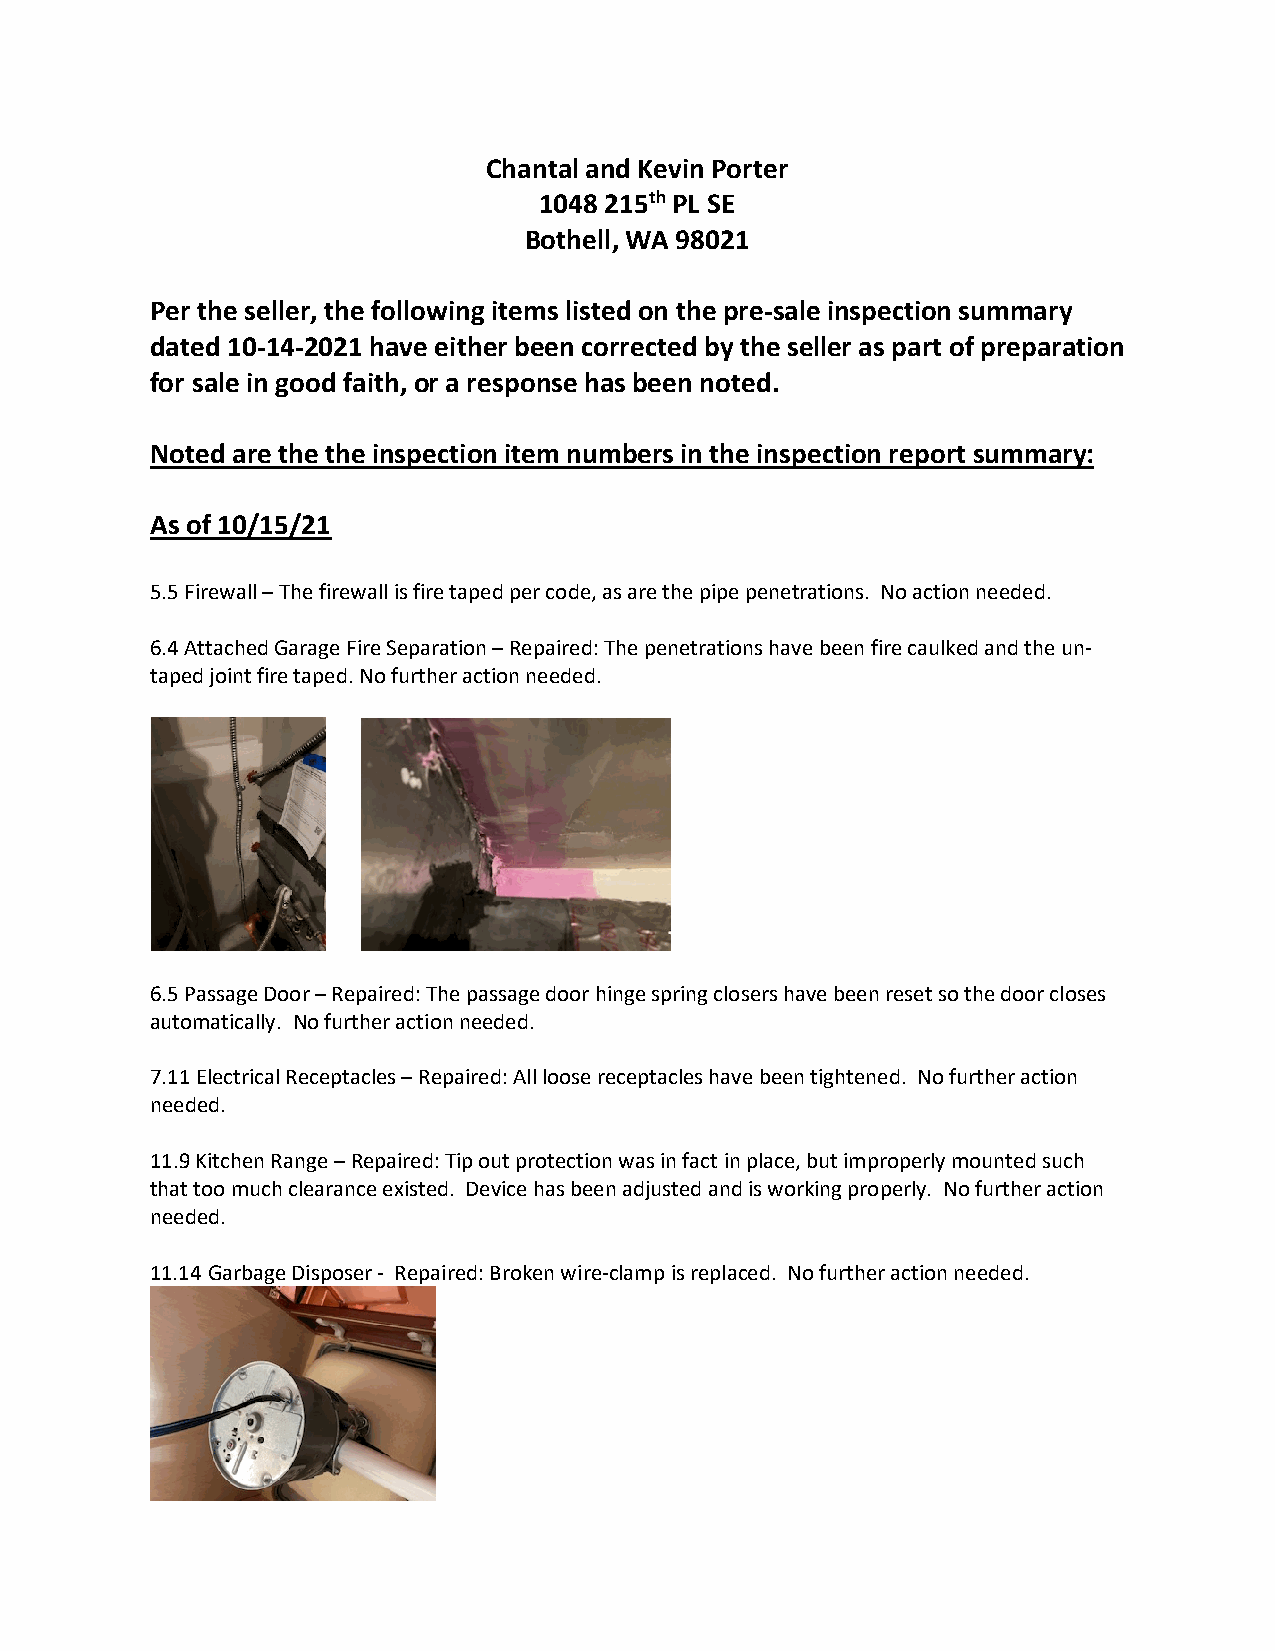
Chantal and Kevin Porter
 1048 215th PL SE
 Bothell, WA 98021
 Per the seller, the following items listed on the pre-sale inspection summary
 dated 10-14-2021 have either been corrected by the seller as part of preparation
 for sale in good faith, or a response has been noted.
 Noted are the the inspection item numbers in the inspection report summary:
 As of 10/15/21
 5.5 Firewall – The firewall is fire taped per code, as are the pipe penetrations. No action needed.
 6.4 Attached Garage Fire Separation – Repaired: The penetrations have been fire caulked and the un-
 taped joint fire taped. No further action needed.
 6.5 Passage Door – Repaired: The passage door hinge spring closers have been reset so the door closes
 automatically. No further action needed.
 7.11 Electrical Receptacles – Repaired: All loose receptacles have been tightened. No further action
 needed.
 11.9 Kitchen Range – Repaired: Tip out protection was in fact in place, but improperly mounted such
 that too much clearance existed. Device has been adjusted and is working properly. No further action
 needed.
 11.14 Garbage Disposer - Repaired: Broken wire-clamp is replaced. No further action needed.